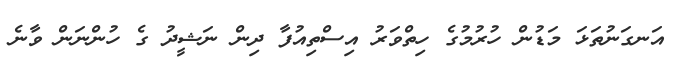
އަނގަނުތަޅަ މަޑުން ހުރުމުގެ ހިތްވަރު އިސްތިއުފާ ދިން ނަޝީދު ގެ ހުންނަން ވާނެ